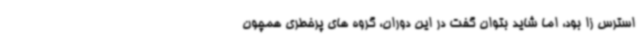
استرس زا بود، اما شاید بتوان گفت در این دوران، گروه های پرخطری همچون